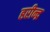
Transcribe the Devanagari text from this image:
हरीन्द्र